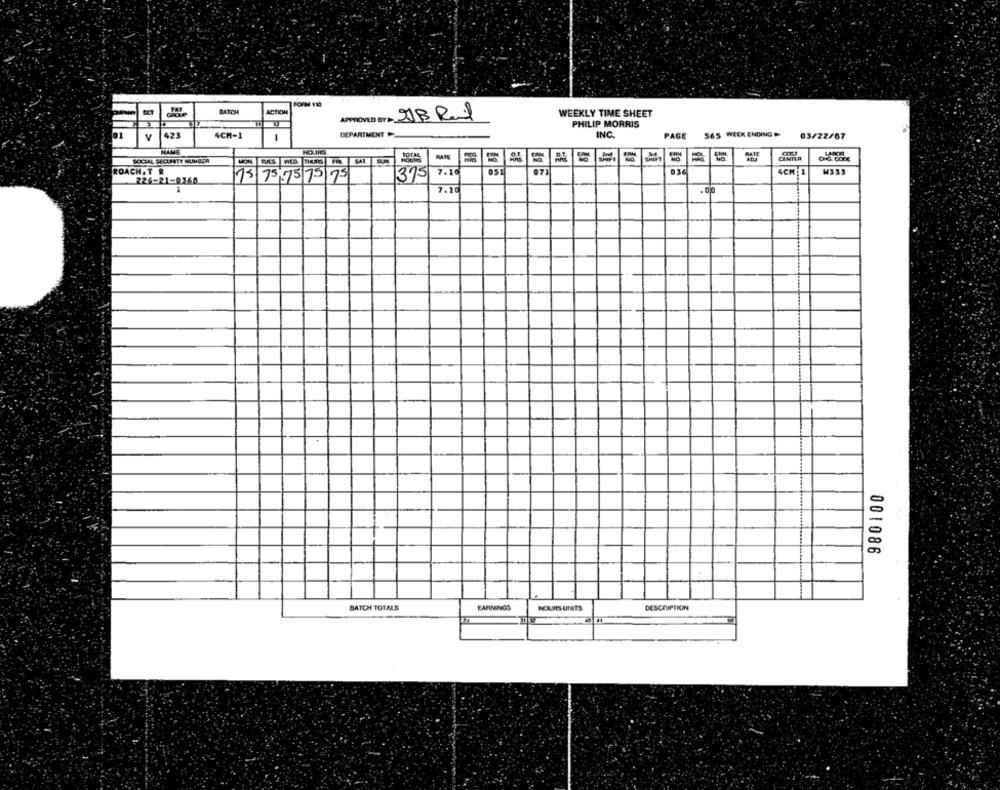
FORMM 110
BATCH
ACTION
JB Ral
WEEKLY TIME SHEET
PHILIP MORRIS
V
425
4CH-1
DEPARTMENT
INC.
PAGE
565 WEEK ENDING
03/22/67
1
NALE
HOURS
HOURS
CINTER
ROACH, T R
7.10
051
4CH 1
W333
226-21-0368
15 75 575 75 75
315
7.10
.00
001086
BATCH TOTALS
EARNINGS
HOURS -UNITS
DESCRIPTION